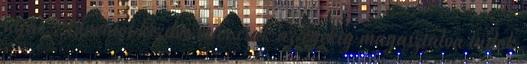
útját. Innentől kezdve már csak az egekig magasztalva tudok